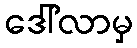
ဒေါ်လာမှ